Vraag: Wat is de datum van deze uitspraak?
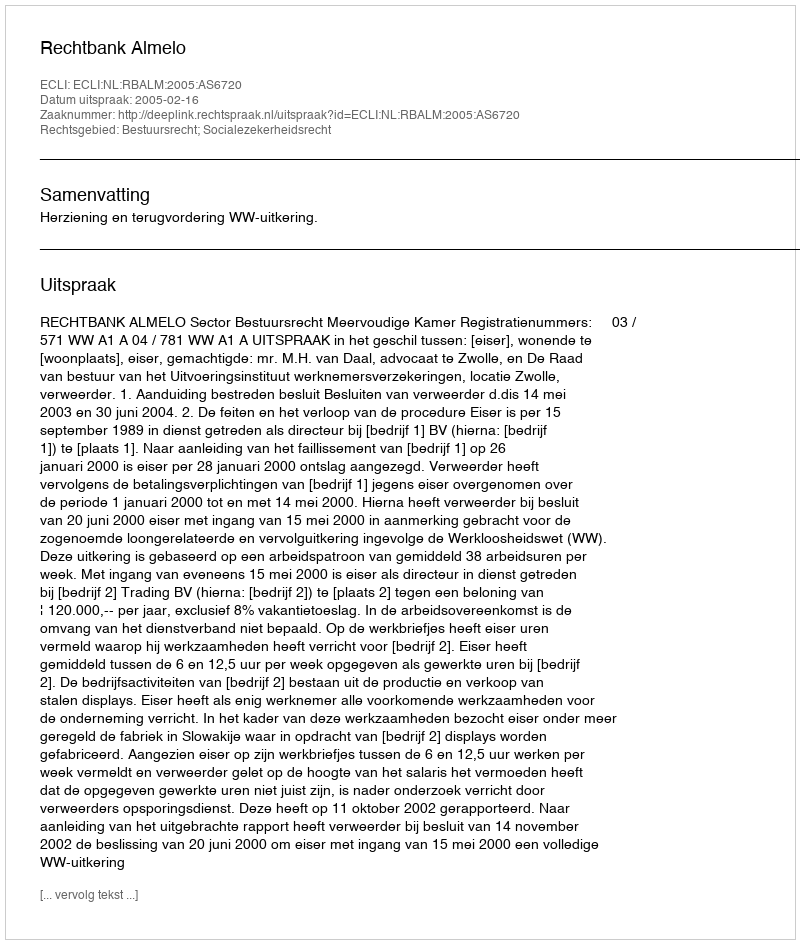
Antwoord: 2005-02-16